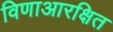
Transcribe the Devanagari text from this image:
विणाआरक्षित